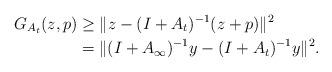
LaTeX: \begin{align*}G_{A_t}(z,p) &\geq \|z-(I+A_t)^{-1}(z+p)\|^2 \\&=\| (I + A_\infty)^{-1}y -(I+A_t)^{-1}y \|^2.\end{align*}